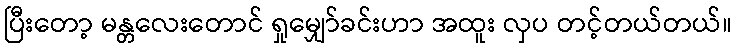
ပြီးတော့ မန္တလေးတောင် ရှုမျှော်ခင်းဟာ အထူး လှပ တင့်တယ်တယ်။